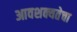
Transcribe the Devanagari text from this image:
आवशक्यतेचा